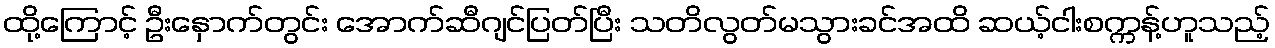
ထို့ကြောင့် ဦးနှောက်တွင်း အောက်ဆီဂျင်ပြတ်ပြီး သတိလွတ်မသွားခင်အထိ ဆယ့်ငါးစက္ကန့်ဟူသည့်